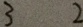
3 2